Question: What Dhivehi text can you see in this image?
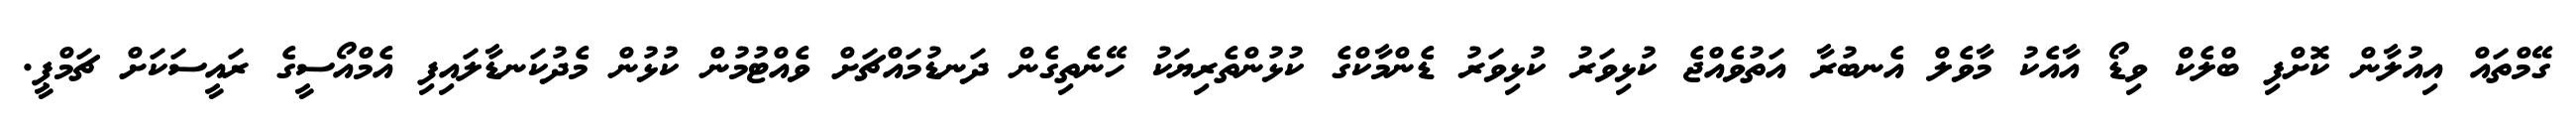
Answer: ގޭމްތައް އިއުލާން ކޮށްފި ބްލެކް ވިޑޯ އާއެކު މާވެލް އެނބުރާ އަތުވެއްޖެ ކުޅިވަރު ކުޅިވަރު ޑެންމާކްގެ ކުޅުންތެރިޔަކު ހޭނެތިގެން ދަނޑުމައްޗަށް ވެއްޓުމުން ކުޅުން މެދުކަނޑާލައިފި އެމްއޯސީގެ ރައީސަކަށް ޗަމްޕީ.